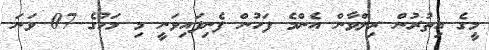
މީގެ އިތުރުން ރިލްވާން އެންމެ ފަހުން ފެނިފައިވަނީ މި މަހުގެ 07 ވަނަ